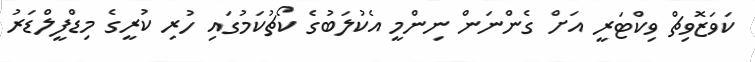
ކަވަޒޮވިޗް ވިކްޓަރީ އަށް ގެންނަން ނިންމީ އެކުލަބުގެ ކޯޗުކަމުގައި ހުރި ކުރީގެ މިޑްފީލްޑަރު